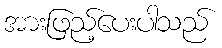
အားဖြည့်ပေးပါသည်